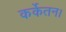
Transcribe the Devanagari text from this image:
कर्केतन।